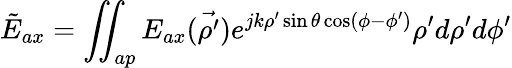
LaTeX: \tilde{E}_{ax}=\iint_{ap}E_{ax}(\vec{\rho^{\prime}})e^{jk\rho^{\prime}\sin\theta\cos(\phi-\phi^{\prime})}\rho^{\prime}d\rho^{\prime}d\phi^{\prime}